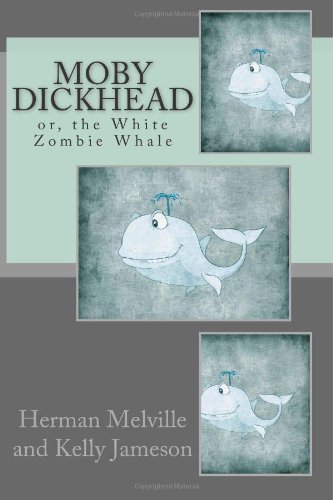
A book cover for Moby Dickhead: or, the White Zombie Whale: He's a Really Big Dickhead; Kelly Jameson; Literature & Fiction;